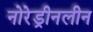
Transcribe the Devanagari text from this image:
नोरेड्रीनलीन